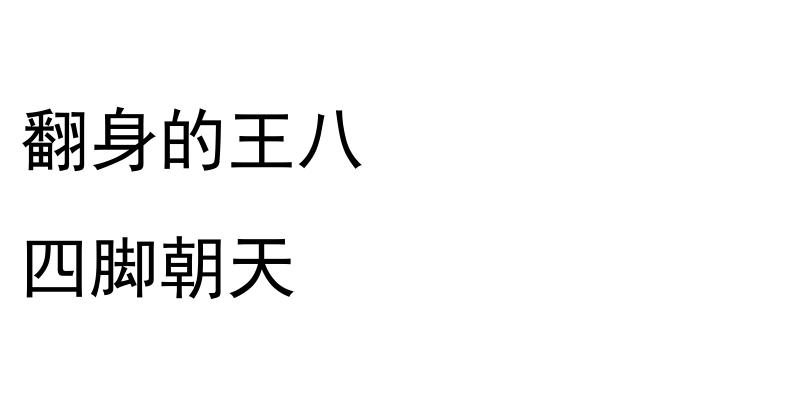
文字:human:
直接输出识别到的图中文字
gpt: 翻身的王八 四脚朝天